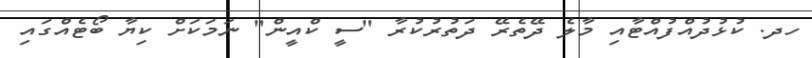
ހދ. ކުޅުދުއްފުއްޓާއި މާލެ ދޭތެރޭ ދަތުރުކުރާ "ސީ ކްއީން" ނަމަކަށް ކިޔާ ބޯޓެއްގައި